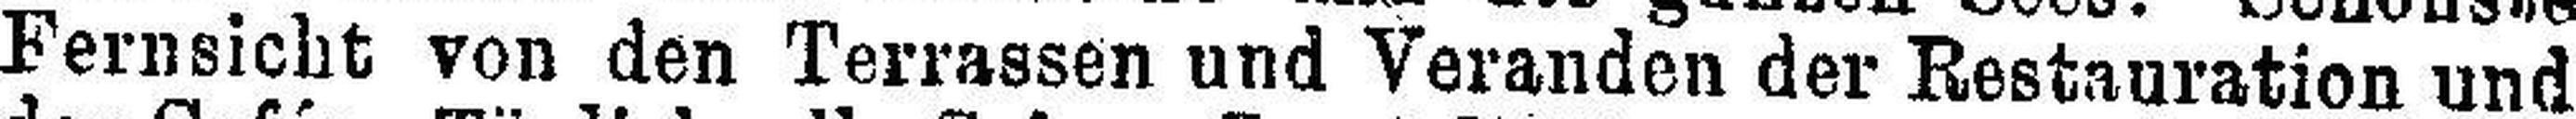
Fernsicht von den Terrassen und Veranden der Restauration und